Lunatic asylums Madras 1877-1891 - 1877-1891
Year: 1877
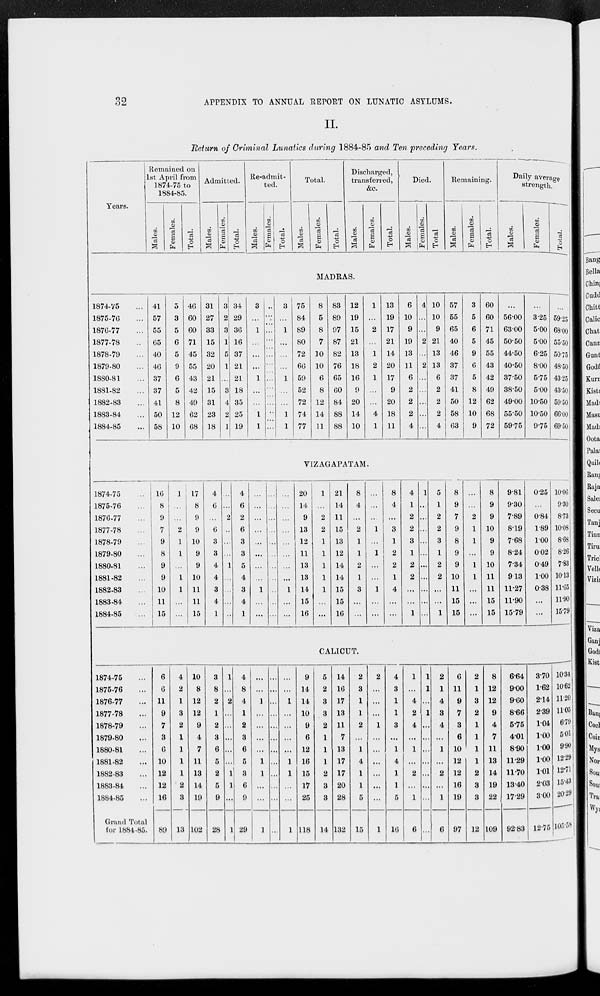
32
APPENDIX TO ANNUAL REPORT ON LUNATIC ASYLUMS.
II.
Return of Criminal Lunatics during 1884-85 and Ten preceding Years.
Years.
Remained on
1st April from
1874-75 to
1884-85.
Males.
Females.
Total.
Admitted.
Males.
Females.
Total.
Re-admit-
ted.
Males.
Females.
Total.
Total.
Males.
Females.
Total.
Discharged,
transferred,
&c.
Males.
Females.
Total.
Died.
Males.
Females.
Total.
Remaining.
Males.
Females.
Total.
Daily average
strength.
Males.
Females.
Total.
MADRAS.
1874-75 ...
1875-76 ...
1876-77 ...
1877-78 ...
1878-79 ...
1879-80 ...
1880-81 ...
1881-82 ...
1882-83 ...
1883-84 ...
1884-85 ...
41
57
55
65
40
46
37
37
41
50
58
5
3
5
6
5
9
6
5
8
12
10
46
60
60
71
45
55
43
42
49
62
68
31
27
33
15
32
20
21
15
31
23
18
3
2
3
1
5
1
...
3
4
2
1
34
29
36
16
37
21
21
18
35
25
19
3
...
1
...
...
...
1
...
...
1
1
...
...
...
...
...
...
...
...
...
...
...
3
...
1
...
...
...
1
...
...
1
1
75
84
89
80
72
66
59
52
72
74
77
8
5
8
7
10
10
6
8
12
14
11
83
89
97
87
82
76
65
60
84
88
88
12
19
15
21
13
18
16
9
20
14
10
1
...
2
...
1
2
1
...
...
4
1
13
19
17
21
14
20
17
9
20
18
11
6
10
9
19
13
11
6
2
2
2
4
4
...
...
2
...
2
...
...
...
...
...
10
10
9
21
13
13
6
2
2
2
4
57
55
65
40
46
37
37
41
50
58
63
3
5
6
5
9
6
5
8
12
10
9
60
60
71
45
55
43
42
49
62
68
72
...
56.00
63.00
50.50
44.50
40.50
37.50
38.50
49.00
55.50
59.75
...
3.25
5.00
5.00
6.25
8.00
5.75
5.00
10.50
10.50
9.75
...
59.25
68.00
55.50
50.75
48.50
43.25
43.50
59.50
66.00
69.50
VIZAGAPATAM.
1874-75 ...
1875-76 ...
1876-77 ...
1877-78 ...
1878-79 ...
1879-80 ...
1880-81 ...
1881-82 ...
1882-83 ...
1883-84 ...
1884-85 ...
16
8
9
7
9
8
9
9
10
11
15
1
...
...
2
1
1
...
1
1
...
...
17
8
9
9
10
9
9
10
11
11
15
4
6
...
6
3
3
4
4
3
4
1
...
...
2
...
...
...
1
...
...
...
...
4
6
2
6
3
3
5
4
3
4
1
...
...
...
...
...
...
...
...
1
...
...
...
...
...
...
...
...
...
...
...
...
...
...
...
...
...
...
...
...
...
1
...
...
20
14
9
13
12
11
13
13
14
15
16
1
...
2
2
1
1
1
1
1
...
...
21
14
11
15
13
12
14
14
15
15
16
8
4
...
2
1
1
2
1
3
...
...
...
...
...
1
...
1
...
...
1
...
...
8
4
...
3
1
2
2
1
4
...
...
4
1
2
2
3
1
2
2
...
...
1
1
...
...
...
...
...
...
...
...
...
...
5
1
2
2
3
1
2
2
...
...
1
8
9
7
9
8
9
9
10
11
15
15
...
...
2
1
1
...
1
1
...
...
...
8
9
9
10
9
9
10
11
11
15
15
9.81
9.30
7.89
8.19
7.68
8.24
7.34
9.13
11.27
11.90
15.79
0.25
...
0.84
1.89
1.00
0.02
0.49
1.00
0.38
...
...
10.06
9.30
8.73
10.08
8.68
8.26
7.83
10.13
11.65
11.90
15.79
CALICUT.
1874-75 ...
1875-76 ...
1876-77 ...
1877-78 ...
1878-79 ...
1879-80 ...
1880-81 ...
1881-82 ...
1882-83 ...
1883-84 ...
1884-85 ...
Grand Total
for 1884-85.
6
6
11
9
7
3
6
10
12
12
16
89
4
2
1
3
2
1
1
1
1
2
3
13
10
8
12
12
9
4
7
11
13
14
19
102
3
8
2
1
2
3
6
5
2
5
9
28
1
...
2
...
...
...
...
...
1
1
...
1
4
8
4
1
2
3
6
5
3
6
9
29
...
...
1
...
...
...
...
1
1
...
...
1
...
...
...
...
...
...
...
...
...
...
...
...
...
...
1
...
...
...
...
1
1
...
...
1
9
14
14
10
9
6
12
16
15
17
25
118
5
2
3
3
2
1
1
1
2
3
3
14
14
16
17
13
11
7
13
17
17
20
28
132
2
3
1
1
2
...
1
4
1
1
5
15
2
...
...
...
1
...
...
...
...
...
...
1
4
3
1
1
3
...
1
4
1
1
5
16
1
...
4
2
4
...
1
...
2
...
1
6
1
1
...
1
...
...
...
...
...
...
...
...
2
1
4
3
4
...
1
...
2
...
1
6
6
11
9
7
3
6
10
12
12
16
19
97
2
1
3
2
1
1
1
1
2
3
3
12
8
12
12
9
4
7
11
13
14
19
22
109
6.64
9.00
9.60
8.66
5.75
4.01
8.90
11.29
11.70
13.40
17.29
92.83
3.70
1.62
2.14
2.39
1.04
1.00
1.00
1.00
1.01
2.03
3.00
12.75
10.34
10.62
11.20
11.05
6.79
5.01
9.90
12.29
12.71
15.43
20.29
105.58